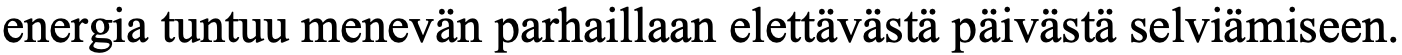
energia tuntuu menevän parhaillaan elettävästä päivästä selviämiseen.